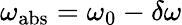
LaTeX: \omega_{\mathrm{abs}}=\omega_{0}-\delta\omega